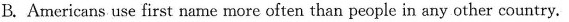
B.Americans use first name more often than people in any other country.